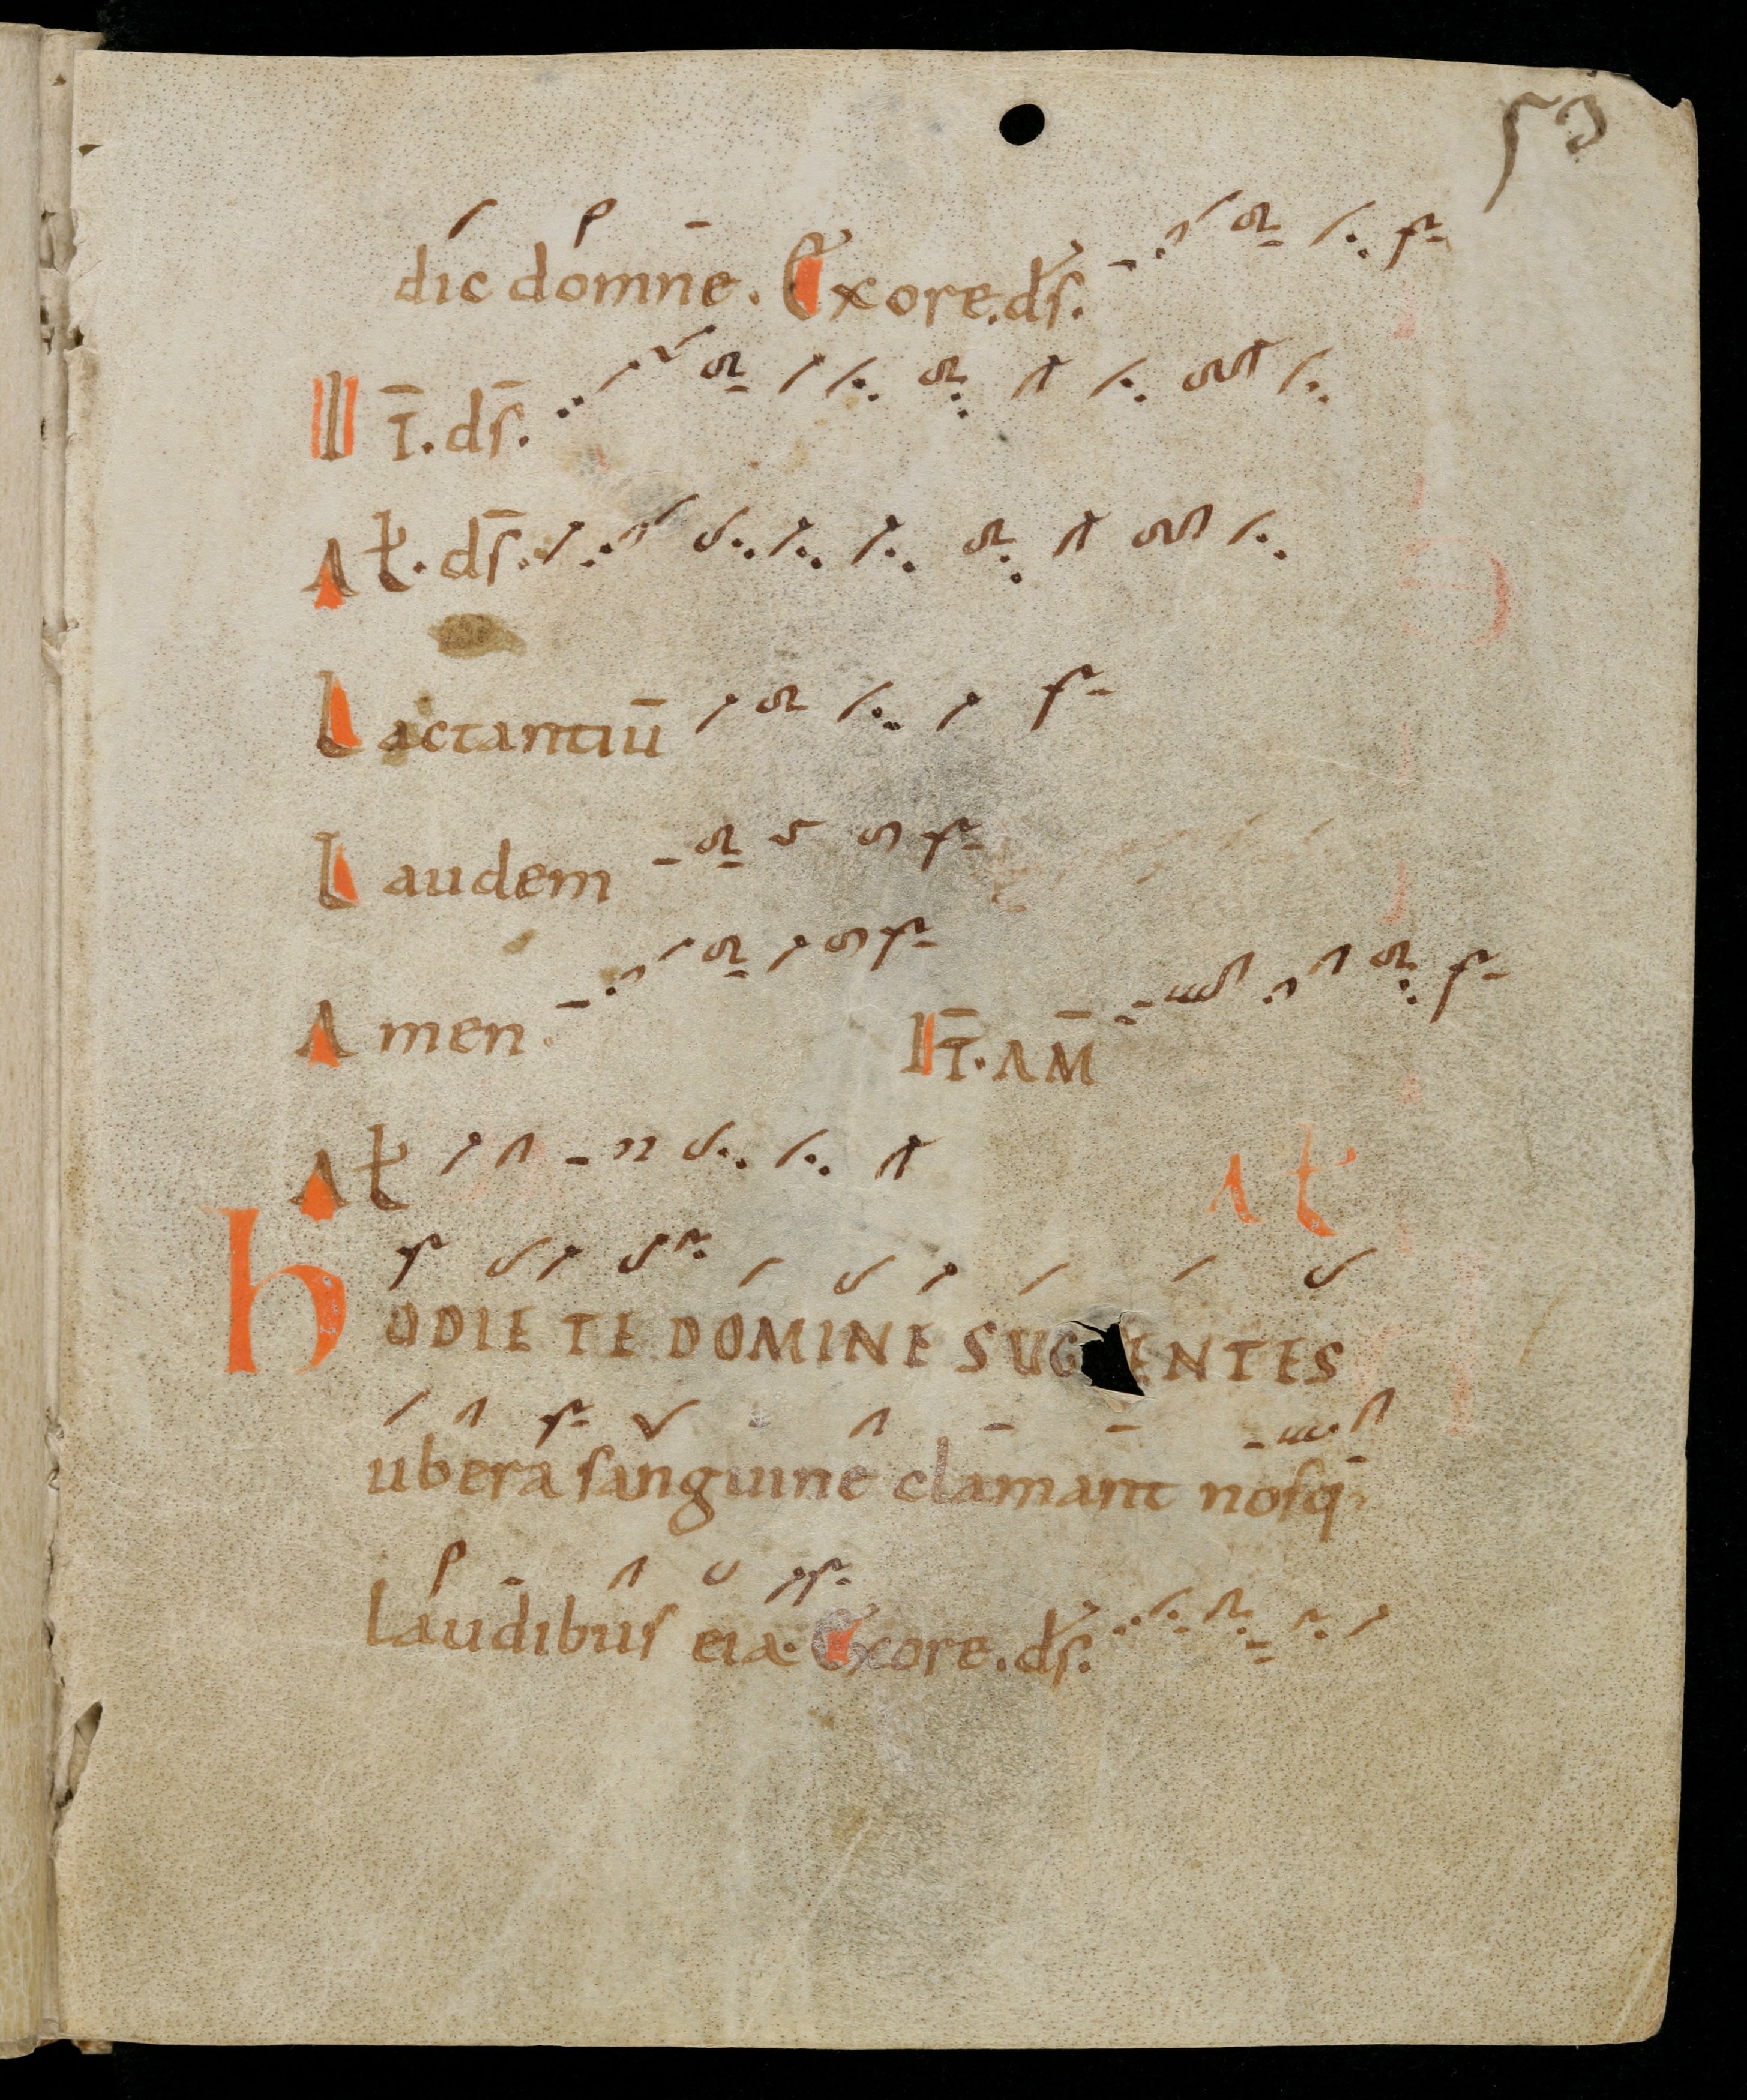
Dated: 900–999